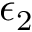
\epsilon _ { 2 }